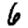
Digit: 6